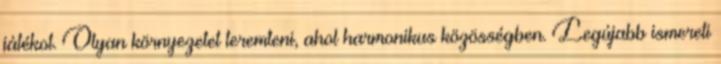
játékot. Olyan környezetet teremteni, ahol harmonikus közösségben. Legújabb ismereti